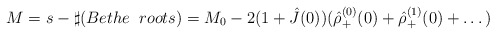
\begin{align*}M=s- \sharp(Bethe\;\;roots)=M_0-2(1+\hat{J}(0))(\hat{\rho}_+^{(0)}(0)+\hat{\rho}_+^{(1)}(0)+\dots)\end{align*}